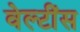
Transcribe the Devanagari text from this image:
वेल्टींस